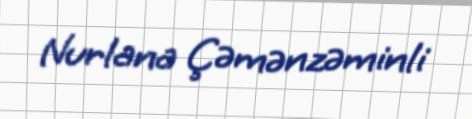
Nurlana Çəmənzəminli